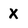
Character: x